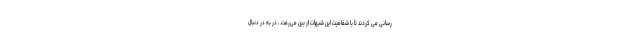
رسانی می کردند تا با شفافیت این شبهات از بین می‌رفت. ، در به در دنبال